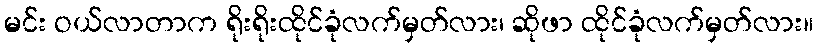
မင်း ဝယ်လာတာက ရိုးရိုးထိုင်ခုံလက်မှတ်လား၊ ဆိုဖာ ထိုင်ခုံလက်မှတ်လား။